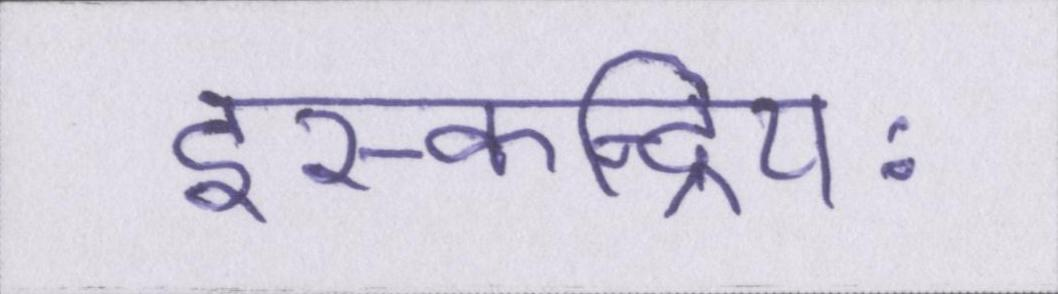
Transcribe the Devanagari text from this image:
इस्कन्द्रियः